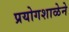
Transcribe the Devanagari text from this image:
प्रयोगशाळेने